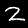
Label: 2